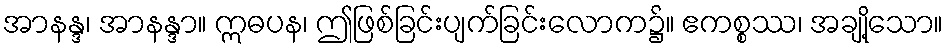
အာနန္ဒ၊ အာနန္ဒာ။ ဣဓပန၊ ဤဖြစ်ခြင်းပျက်ခြင်းလောက၌။ ဧကစ္စဿ၊ အချို့သော။